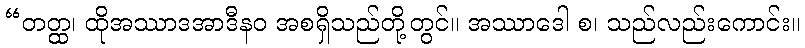
“တတ္ထ၊ ထိုအဿာဒအာဒီနဝ အစရှိသည်တို့တွင်။ အဿာဒေါ စ၊ သည်လည်းကောင်း။